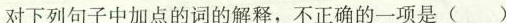
对下列句子中加点的词的解释，不正确的一项是()